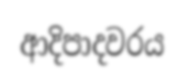
ආදිපාදවරය